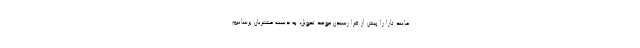
مانند تارا را پیش از فرا رسیدن موعد تحویل، به دست مشتریان برسانیم.